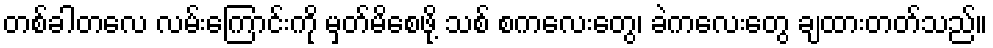
တစ်ခါတလေ လမ်းကြောင်းကို မှတ်မိစေဖို့ သစ် စကလေးတွေ၊ ခဲကလေးတွေ ချထားတတ်သည်။